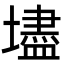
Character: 壗